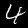
Digit: 4